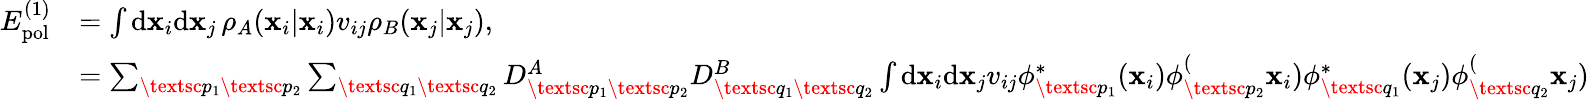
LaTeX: \begin{array}{rl}{E_{\mathrm{pol}}^{(1)}}&{=\int\mathrm{d}\mathbf{x}_{i}\mathrm{d}\mathbf{x}_{j}\, \rho_{A}(\mathbf{x}_{i}|\mathbf{x}_{i})v_{ij}\rho_{B}(\mathbf{x}_{j}|\mathbf{x}_{j}),}\\ &{=\sum_{\textsc{p}_{1}\textsc{p}_{2}}\sum_{\textsc{q}_{1}\textsc{q}_{2}}D_{\textsc{p}_{1}\textsc{p}_{2}}^{A}D_{\textsc{q}_{1}\textsc{q}_{2}}^{B}\int\mathrm{d}\mathbf{x}_{i}\mathrm{d}\mathbf{x}_{j}v_{ij}\phi_{\textsc{p}_{1}}^{*}(\mathbf{x}_{i})\phi_{\textsc{p}_{2}}^(\mathbf{x}_{i})\phi_{\textsc{q}_{1}}^{*}(\mathbf{x}_{j})\phi_{\textsc{q}_{2}}^(\mathbf{x}_{j})}\end{array}